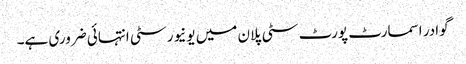
گوادر اسمارٹ پورٹ سٹی پلان میں یونیورسٹی انتہائی ضروری ہے۔